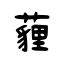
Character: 薶